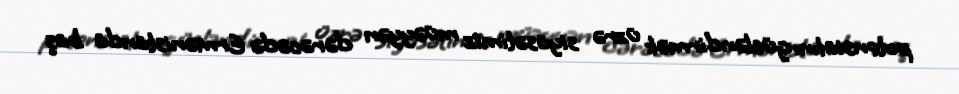
potensialını gücləndirmək üzrə siyasətimiz müəyyən dərəcədə Ermənistanda baş